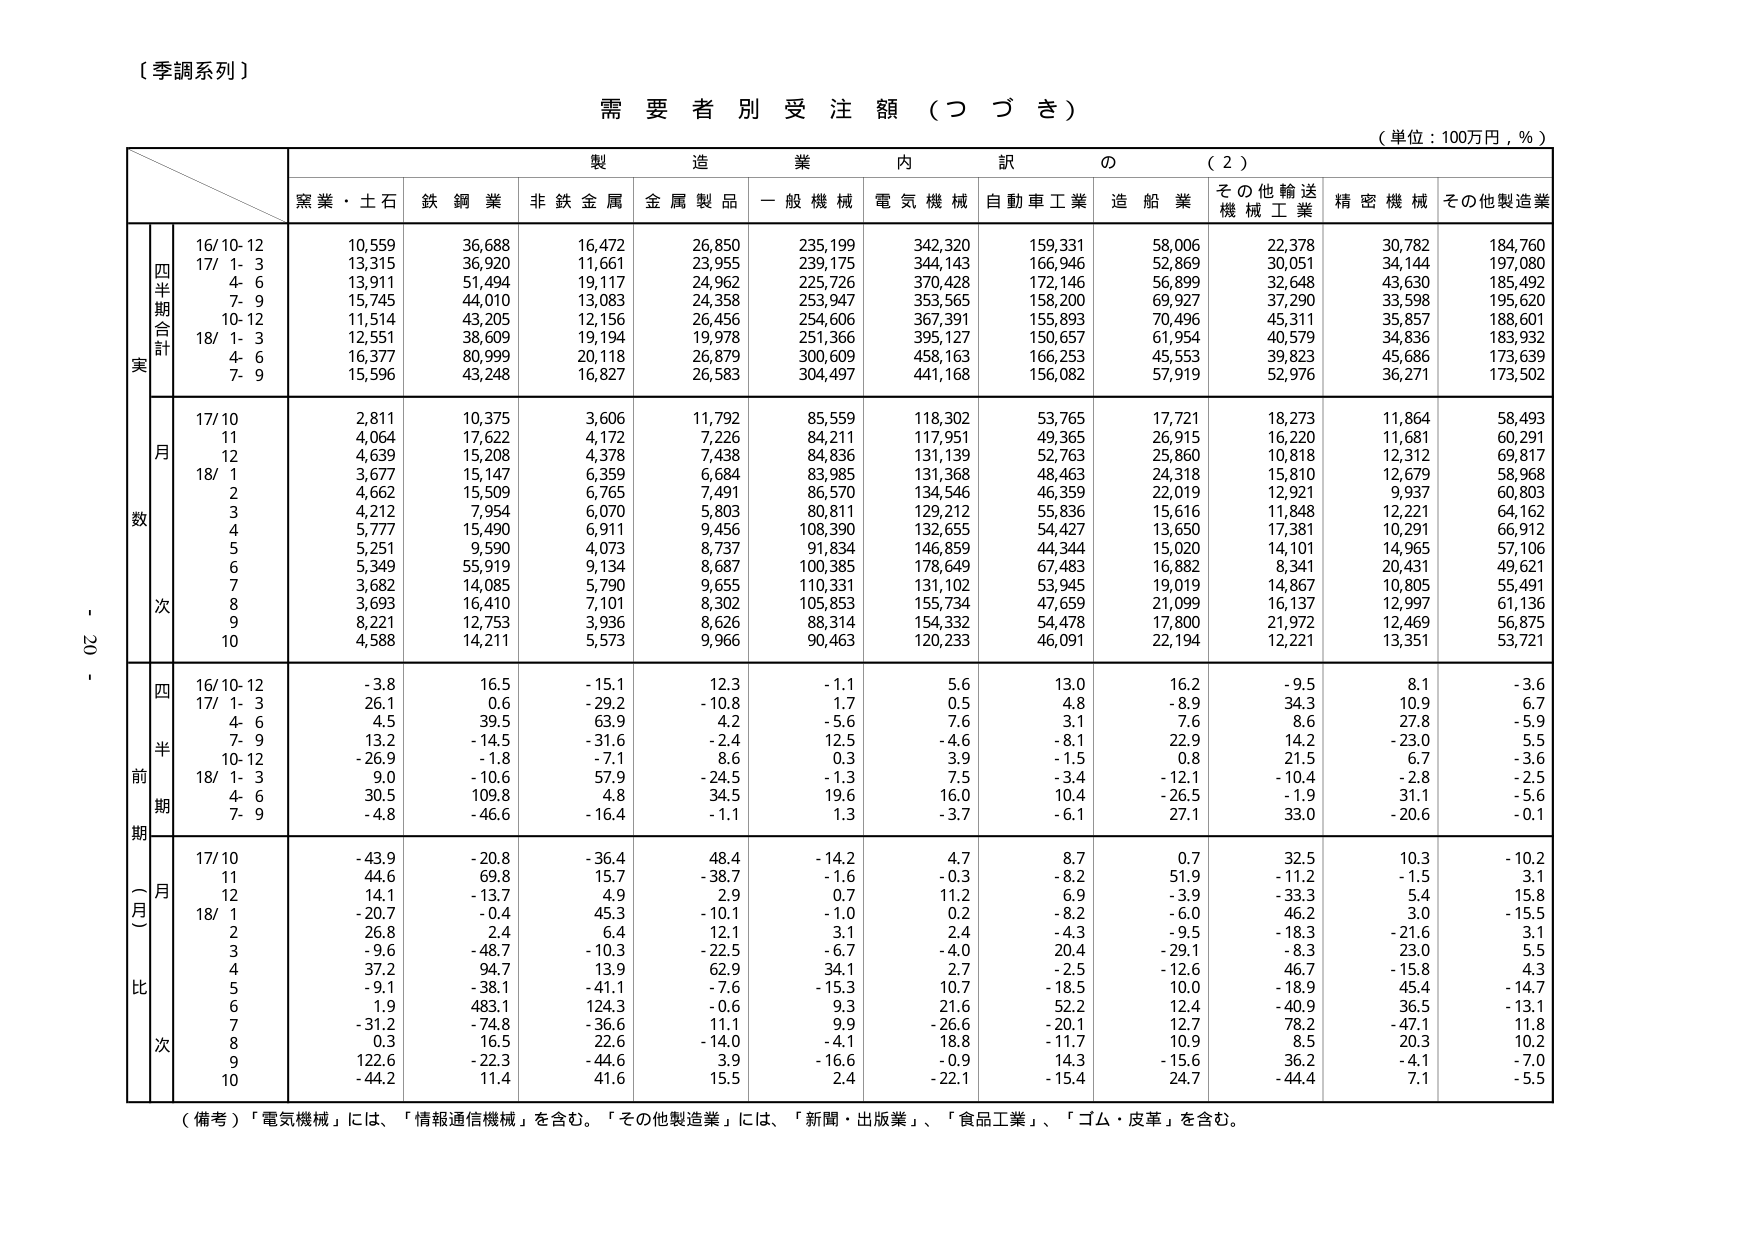
〔季調系列〕

需要者別受注額（つづき）

（単位：100万円，％）

製造業内訳の（2）

窯業・土石　鉄鋼業　非鉄金属　金属製品　一般機械　電気機械　自動車工業　造船業　その他輸送機械工業　精密機械　その他製造業

四半期合計
実
16/10-12　10,559　36,688　16,472　26,850　235,199　342,320　159,331　58,006　22,378　30,782　184,760
17/ 1- 3　13,315　36,920　11,661　23,955　239,175　344,143　166,946　52,869　30,051　34,144　197,080
　4- 6　13,911　51,494　19,117　24,962　225,726　370,428　172,146　56,899　32,648　43,630　185,492
　7- 9　15,745　44,010　13,083　24,358　253,947　353,565　158,200　69,927　37,290　33,598　195,620
　10-12　11,514　43,205　12,156　26,456　254,606　367,391　155,893　70,496　45,311　35,857　188,601
18/ 1- 3　12,551　38,609　19,194　19,978　251,366　395,127　150,657　61,954　40,579　34,836　183,932
　4- 6　16,377　80,999　20,118　26,879　300,609　458,163　166,253　45,553　39,823　45,686　173,639
　7- 9　15,596　43,248　16,827　26,583　304,497　441,168　156,082　57,919　52,976　36,271　173,502

月数
17/10　2,811　10,375　3,606　11,792　85,559　118,302　53,765　17,721　18,273　11,864　58,493
　11　4,064　17,622　4,172　7,226　84,211　117,951　49,365　26,915　16,220　11,681　60,291
　12　4,639　15,208　4,378　7,438　84,836　131,139　52,763　25,860　10,818　12,312　69,817
18/ 1　3,677　15,147　6,359　6,684　83,985　131,368　48,463　24,318　15,810　12,679　58,968
　2　4,662　15,509　6,765　7,491　86,570　134,546　46,359　22,019　12,921　9,937　60,803
　3　4,212　7,954　6,070　5,803　80,811　129,212　55,836　15,616　11,848　12,221　64,162
　4　5,777　15,490　6,911　9,456　108,390　132,655　54,427　13,650　17,381　10,291　66,912
　5　5,251　9,590　4,073　8,737　91,834　146,859　44,344　15,020　14,101　14,965　57,106
　6　5,349　55,919　9,134　8,687　100,385　178,649　67,483　16,882　8,341　20,431　49,621
　7　3,682　14,085　5,790　9,655　110,331　131,102　53,945　19,019　14,867　10,805　55,491
　8　3,693　16,410　7,101　8,302　105,853　155,734　47,659　21,099　16,137　12,997　61,136
　9　8,221　12,753　3,936　8,626　88,314　154,332　54,478　17,800　21,972　12,469　56,875
　10　4,588　14,211　5,573　9,966　90,463　120,233　46,091　22,194　12,221　13,351　53,721

四半期前期（一月比）
16/10-12　-3.8　16.5　-15.1　12.3　-1.1　5.6　13.0　16.2　-9.5　8.1　-3.6
17/ 1- 3　26.1　0.6　-29.2　-10.8　1.7　0.5　4.8　-8.9　34.3　10.9　6.7
　4- 6　4.5　39.5　63.9　4.2　-5.6　7.6　3.1　7.6　8.6　27.8　-5.9
　7- 9　13.2　-14.5　-31.6　-2.4　12.5　-4.6　-8.1　22.9　14.2　-23.0　5.5
　10-12　-26.9　-1.8　-7.1　8.6　0.3　3.9　-1.5　0.8　21.5　6.7　-3.6
18/ 1- 3　9.0　-10.6　57.9　-24.5　-1.3　7.5　-3.4　-12.1　-10.4　-2.8　-2.5
　4- 6　30.5　109.8　4.8　34.5　19.6　16.0　10.4　-26.5　-1.9　31.1　-5.6
　7- 9　-4.8　-46.6　-16.4　-1.1　1.3　-3.7　-6.1　27.1　33.0　-20.6　-0.1

月比
17/10　-43.9　-20.8　-36.4　48.4　-14.2　4.7　8.7　0.7　32.5　10.3　-10.2
　11　44.6　69.8　15.7　-38.7　-1.6　-0.3　-8.2　51.9　-11.2　-1.5　3.1
　12　14.1　-13.7　4.9　2.9　0.7　11.2　6.9　-3.9　-33.3　5.4　15.8
18/ 1　-20.7　-0.4　45.3　-10.1　-1.0　0.2　-8.2　-6.0　46.2　3.0　-15.5
　2　26.8　2.4　6.4　12.1　3.1　2.4　-4.3　-9.5　-18.3　-21.6　3.1
　3　-9.6　-48.7　-10.3　-22.5　-6.7　-4.0　20.4　-29.1　-8.3　23.0　5.5
　4　37.2　94.7　13.9　62.9　34.1　2.7　-2.5　-12.6　46.7　-15.8　4.3
　5　-9.1　-38.1　-41.1　-7.6　-15.3　10.7　-18.5　10.0　-18.9　45.4　-14.7
　6　1.9　483.1　124.3　-0.6　9.3　21.6　52.2　12.4　-40.9　36.5　-13.1
　7　-31.2　-74.8　-36.6　11.1　9.9　-26.6　-20.1　12.7　78.2　-47.1　11.8
　8　0.3　16.5　22.6　-14.0　-4.1　18.8　-11.7　10.9　8.5　20.3　10.2
　9　122.6　-22.3　-44.6　3.9　-16.6　-0.9　14.3　-15.6　36.2　-4.1　-7.0
　10　-44.2　11.4　41.6　15.5　2.4　-22.1　-15.4　24.7　-44.4　7.1　-5.5

（備考）「電気機械」には、「情報通信機械」を含む。「その他製造業」には、「新聞・出版業」、「食品工業」、「ゴム・皮革」を含む。